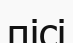
пісі